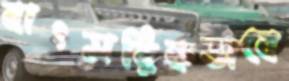
বাৎসরিকভাবে